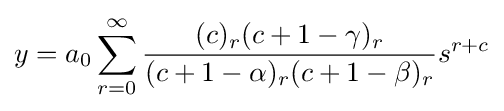
y=a_{0}\sum _{r=0}^{\infty }{\frac {(c)_{r}(c+1-\gamma )_{r}}{(c+1-\alpha )_{r}(c+1-\beta )_{r}}}s^{r+c}